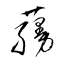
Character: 蘰